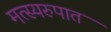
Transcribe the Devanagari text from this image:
मत्स्यरुपात